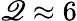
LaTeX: \mathscr{Q}\approx6